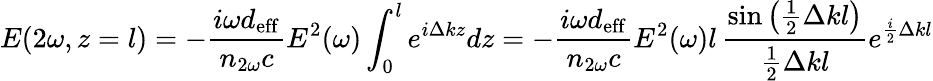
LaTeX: E(2\omega,z=l)=-{\frac{i\omega d_{\mathrm{eff}}}{n_{2\omega}c}}E^{2}(\omega)\int_{0}^{l}{e^{i\Delta kz}dz}=-{\frac{i\omega d_{\mathrm{eff}}}{n_{2\omega}c}}E^{2}(\omega)l\, {\frac{\sin{\left({\frac{1}{2}}\Delta kl\right)}}{{\frac{1}{2}}\Delta kl}}e^{{\frac{i}{2}}\Delta kl}